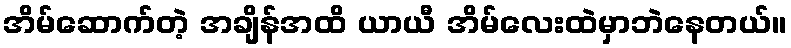
အိမ်ဆောက်တဲ့ အချိန်အထိ ယာယီ အိမ်လေးထဲမှာဘဲနေတယ်။